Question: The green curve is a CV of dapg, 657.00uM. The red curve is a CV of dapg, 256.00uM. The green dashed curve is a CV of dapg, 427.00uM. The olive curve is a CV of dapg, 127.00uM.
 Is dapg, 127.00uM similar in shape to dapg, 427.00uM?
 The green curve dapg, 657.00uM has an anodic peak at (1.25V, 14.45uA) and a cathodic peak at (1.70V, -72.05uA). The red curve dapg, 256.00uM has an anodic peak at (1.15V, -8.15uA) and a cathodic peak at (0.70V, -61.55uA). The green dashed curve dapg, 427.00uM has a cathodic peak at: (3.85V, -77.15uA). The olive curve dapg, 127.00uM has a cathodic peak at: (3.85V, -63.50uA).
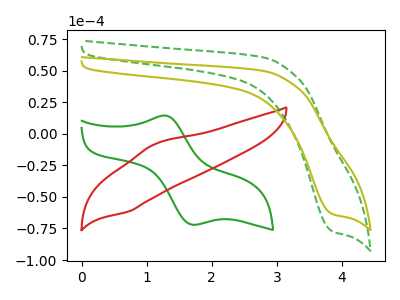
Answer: <think>All the peaks in "dapg, 127.00uM" have a peak in "dapg, 427.00uM" at the same potential. Every peak in "dapg, 127.00uM" is lower than every peak in "dapg, 427.00uM".
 </think>
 <answer>"dapg, 127.00uM" and "dapg, 427.00uM" are similar in shape.</answer>
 <eval>same_shape</eval>